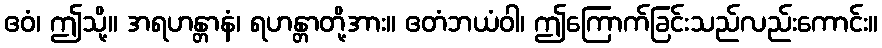
ဧဝံ၊ ဤသို့။ အရဟန္တာနံ၊ ရဟန္တာတို့အား။ ဧတံဘယံဝါ၊ ဤကြောက်ခြင်းသည်လည်းကောင်း။